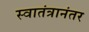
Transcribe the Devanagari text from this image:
स्वातंत्रानंतर